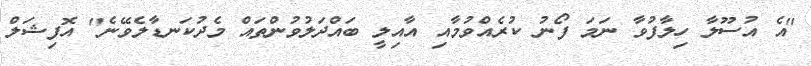
"އެ އުސޫލާ ހިލާފުވާ ނަމަ ފޯނު ކުރެއްވުމާއި އާއިލީ ބައްދަލުވުންތައް މެދުކަނޑާލެވޭނެ" އޮފިޝަލް